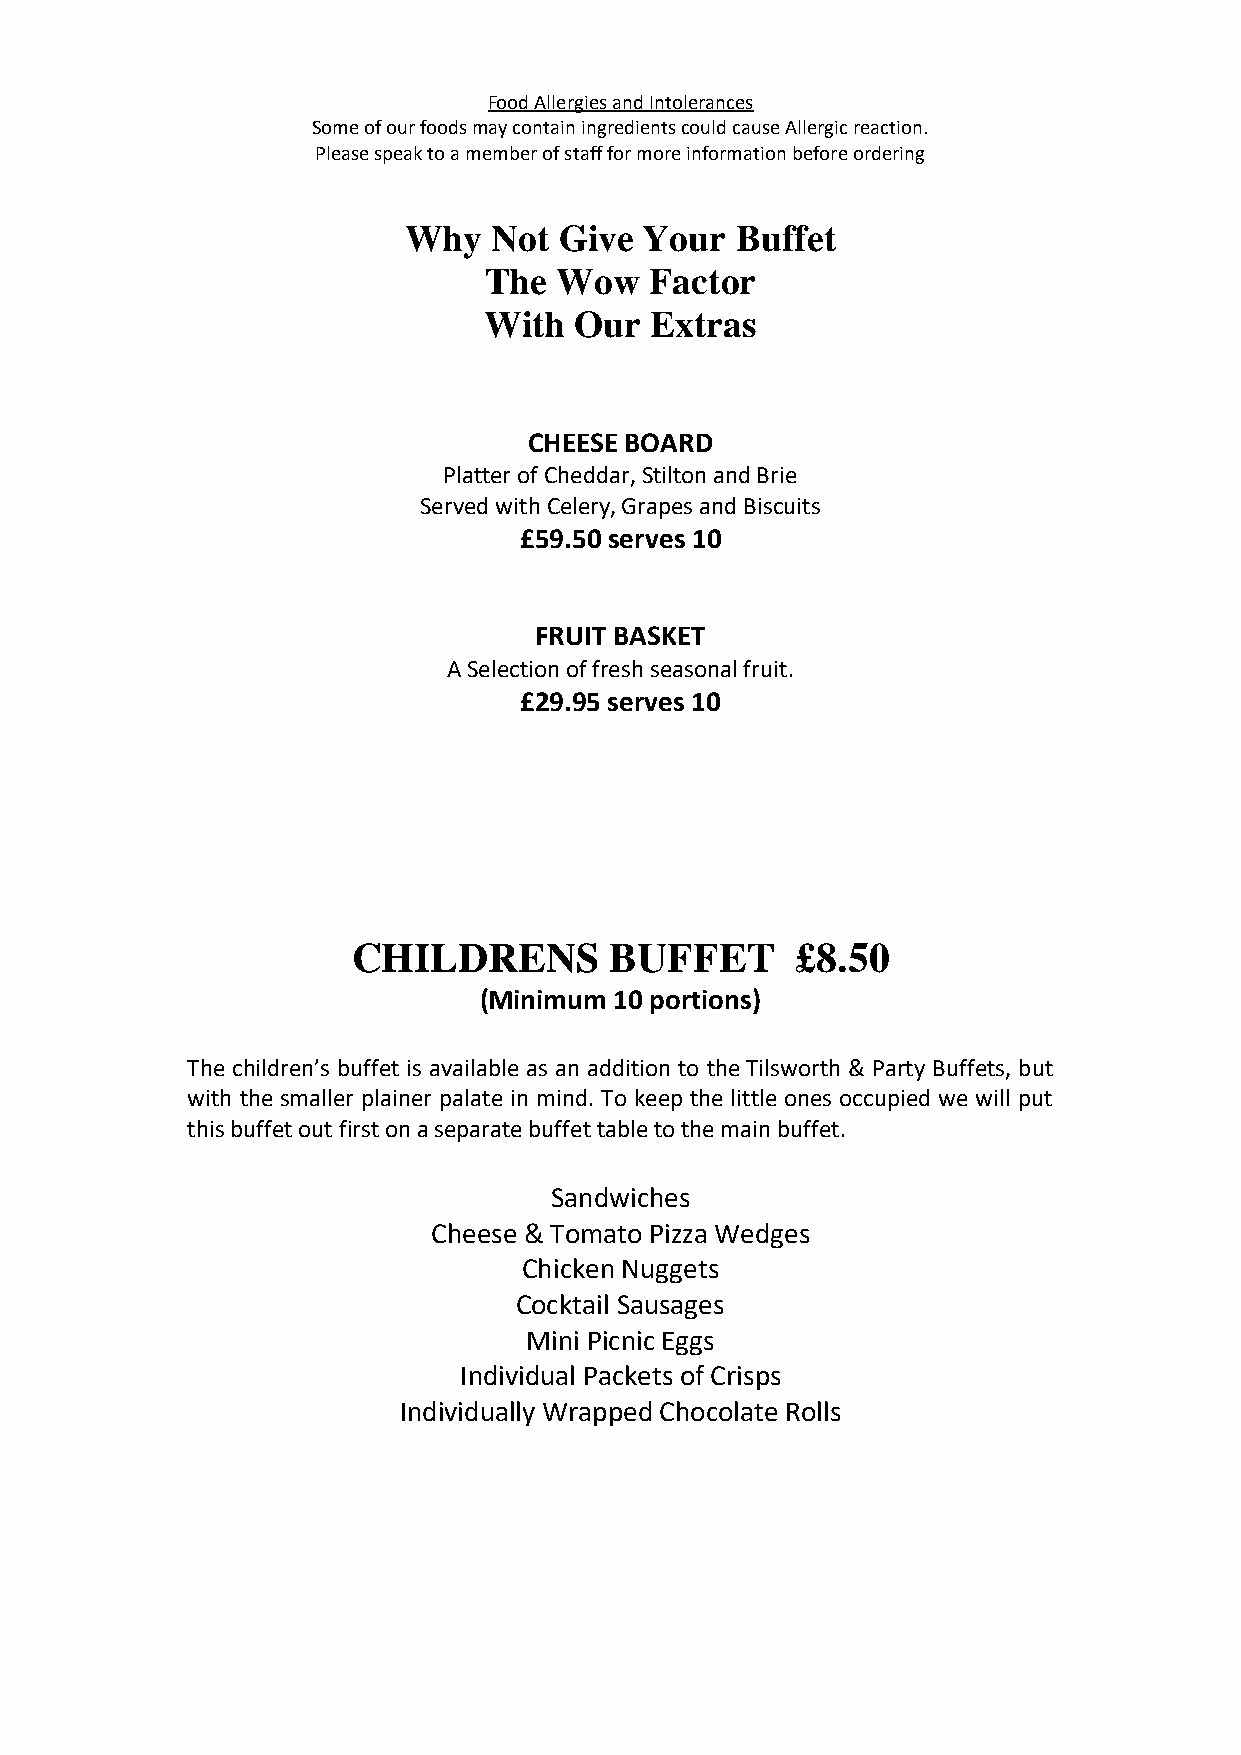
Food Allergies and Intolerances
 Some of our foods may contain ingredients could cause Allergic reaction.
 Please speak to a member of staff for more information before ordering
 Why   Not Give  Your  Buffet
 The  Wow   Factor
 With  Our  Extras
 CHEESE BOARD
 Platter of Cheddar, Stilton and Brie
 Served with Celery, Grapes and Biscuits
 £59.50 serves 10
 FRUIT BASKET
 A Selection of fresh seasonal fruit.
 £29.95 serves 10
 CHILDRENS        BUFFET       £8.50
 (Minimum 10 portions)
 The children’s buffet is available as an addition to the Tilsworth & Party Buffets, but
 with the smaller plainer palate in mind. To keep the little ones occupied we will put
 this buffet out first on a separate buffet table to the main buffet.
 Sandwiches
 Cheese & Tomato Pizza Wedges
 Chicken Nuggets
 Cocktail Sausages
 Mini Picnic Eggs
 Individual Packets of Crisps
 Individually Wrapped Chocolate Rolls